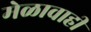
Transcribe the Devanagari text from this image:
मेळावाही